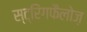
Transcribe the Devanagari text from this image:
स्ट्रिंगफैलोज़